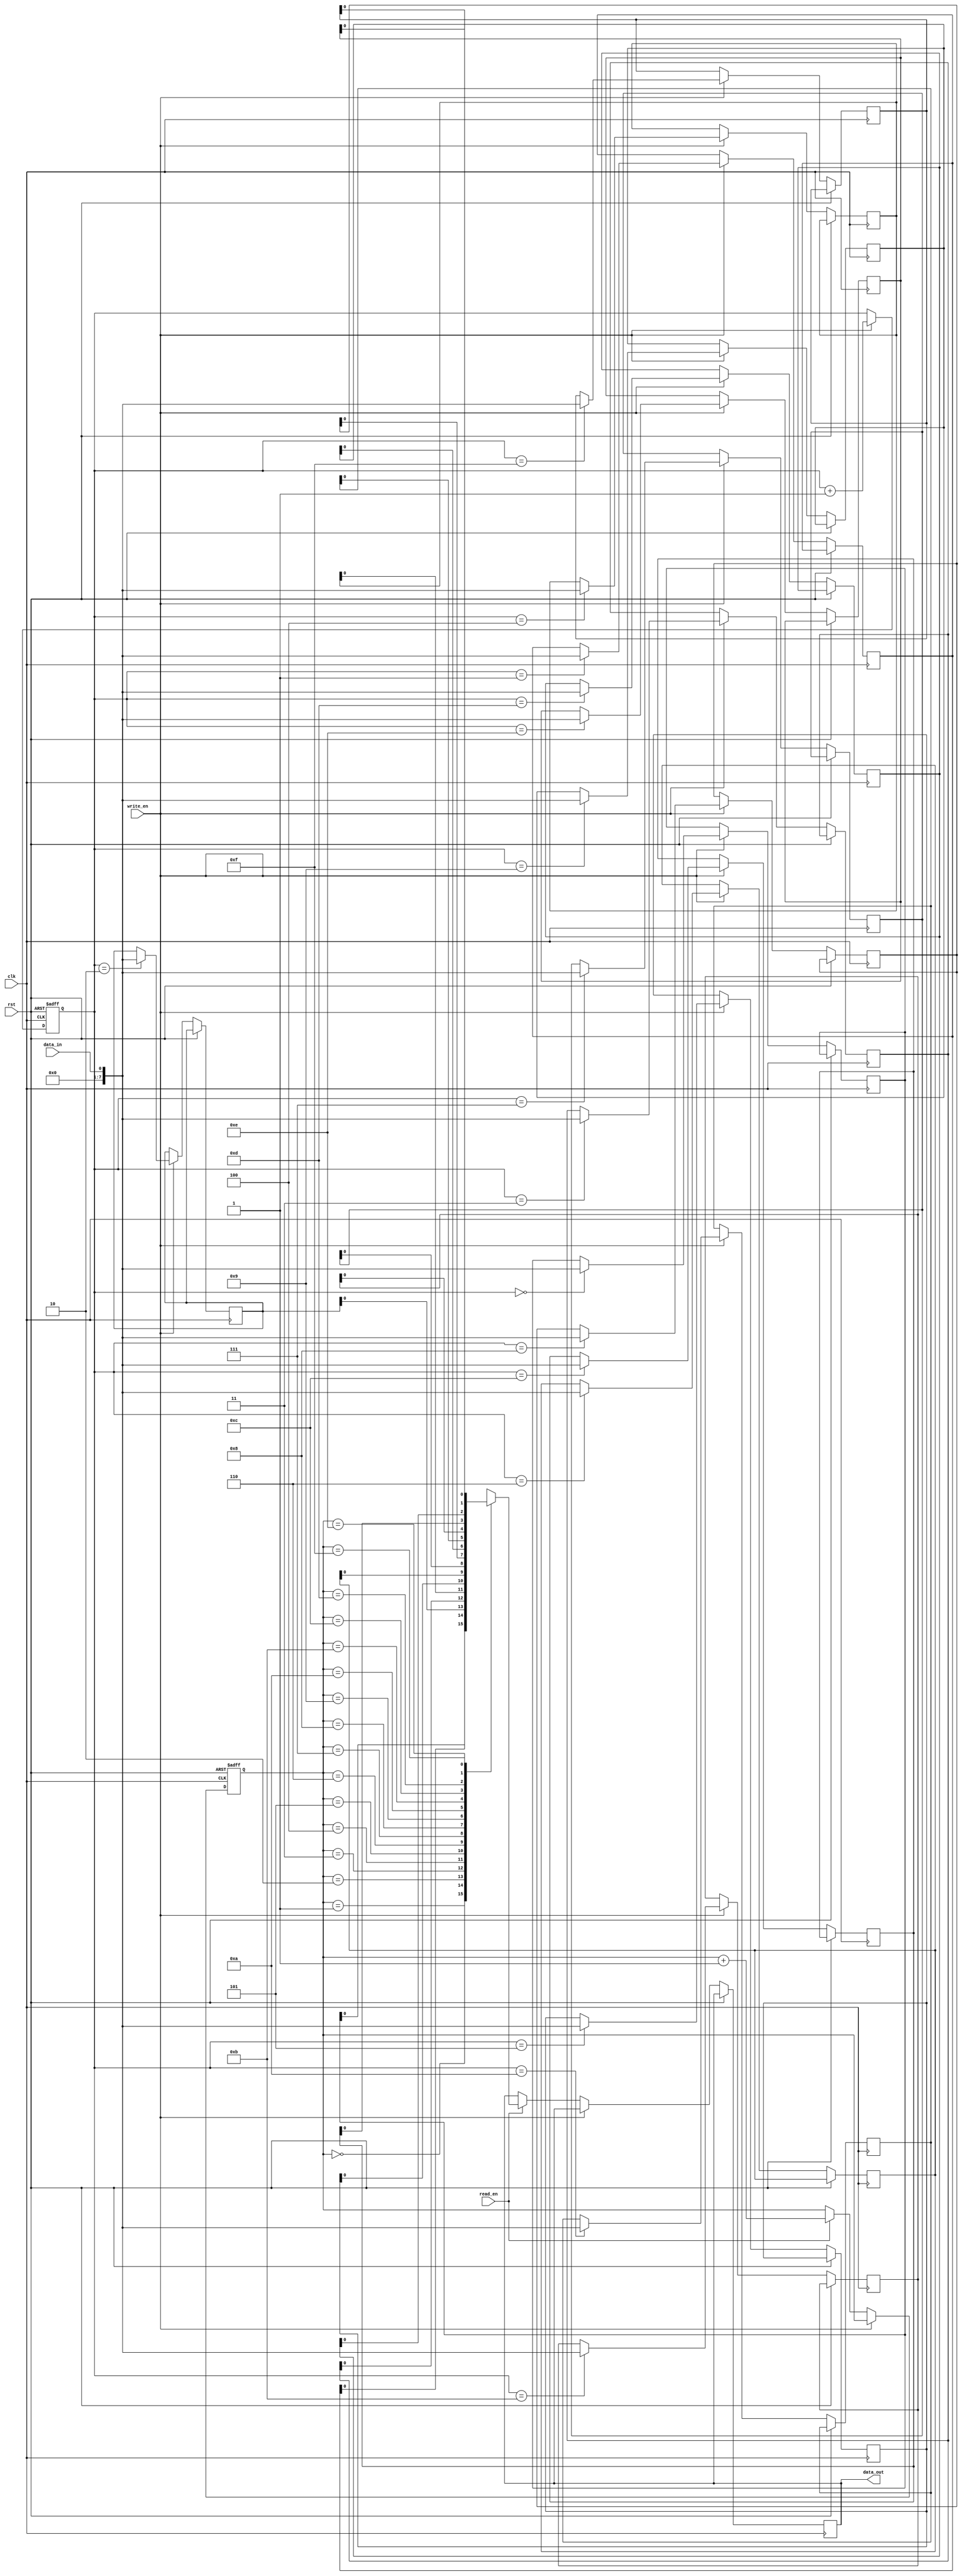
module fifo_timing_control (
    input wire clk,            // Clock signal
    input wire rst,            // Reset signal
    input wire write_en,       // Write enable signal
    input wire read_en,        // Read enable signal
    input wire data_in,        // Input data
    output reg data_out        // Output data
);

reg [7:0] buffer [0:15]; // FIFO buffer with 16 slots
reg [3:0] rd_ptr, wr_ptr; // Read and write pointers

always @(posedge clk or posedge rst) begin
    if (rst) begin
        wr_ptr <= 4'b0000; // Reset write pointer to 0
        rd_ptr <= 4'b0000; // Reset read pointer to 0
    end else if (write_en) begin
        buffer[wr_ptr] <= data_in; // Write data to buffer
        wr_ptr <= wr_ptr + 1; // Increment write pointer
    end else if (read_en) begin
        data_out <= buffer[rd_ptr]; // Read data from buffer
        rd_ptr <= rd_ptr + 1; // Increment read pointer
    end
end

endmodule